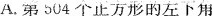
A.第504个正方形的左下角